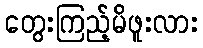
တွေးကြည့်မိဖူးလား